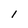
Character: 1